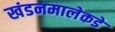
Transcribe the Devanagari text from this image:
खंडनमालेकडे